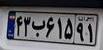
۴۳ب۶۱۵۹۱